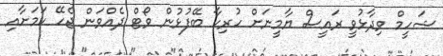
ޝަހީމް ވިދާޅުވީ ރައީސް ޔާމީނަށް ހުރިހާ ބޭފުޅުން ވޯޓް ދެއްވަން ޖެހޭ ކަމަށާއި